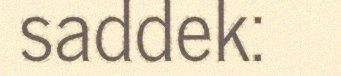
saddek: